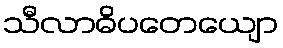
သီလာဓိပတေယျော